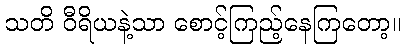
သတိ ဝီရိယနဲ့သာ စောင့်ကြည့်နေကြတော့။